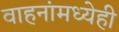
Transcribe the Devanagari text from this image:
वाहनांमध्येही